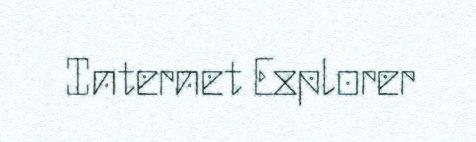
Internet Explorer